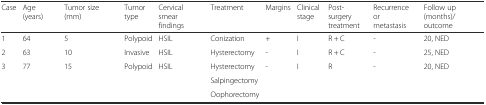
| Case | Age (years) | Tumor size (mm) | Tumor type | Cervical smear findings | Treatment | Margins | Clinical stage | Post-surgery treatment | Recurrence or metastasis | Follow up (months)/outcome |
 | --- | --- | --- | --- | --- | --- | --- | --- | --- | --- | --- |
 | 1 | 64 | 5 | Polypoid | HSIL | Conization | + | I | R + C | - | 20, NED |
 | 2 | 63 | 10 | Invasive | HSIL | Hysterectomy | - | I | R + C | - | 25, NED |
 | <ROWSPAN=3> 3 | <ROWSPAN=3> 77 | <ROWSPAN=3> 15 | <ROWSPAN=3> Polypoid | <ROWSPAN=3> HSIL | Hysterectomy | <ROWSPAN=3> - | <ROWSPAN=3> I | <ROWSPAN=3> R | <ROWSPAN=3> - | <ROWSPAN=3> 20, NED |
 | Salpingectomy |
 | Oophorectomy |